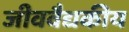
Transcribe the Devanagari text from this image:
जीववैद्यकीय